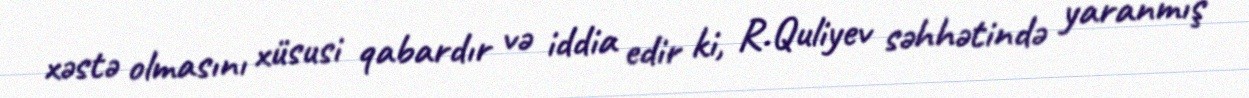
xəstə olmasını xüsusi qabardır və iddia edir ki, R.Quliyev səhhətində yaranmış